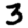
Digit: 3